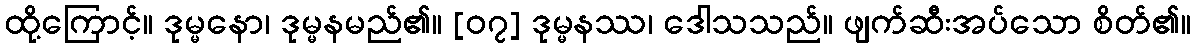
ထို့ကြောင့်။ ဒုမ္မနော၊ ဒုမ္မနမည်၏။ [၀၇] ဒုမ္မနဿ၊ ဒေါသသည်။ ဖျက်ဆီးအပ်သော စိတ်၏။